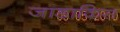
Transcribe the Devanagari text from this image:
जाडाकिस